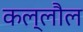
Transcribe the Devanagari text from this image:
कल्लौल